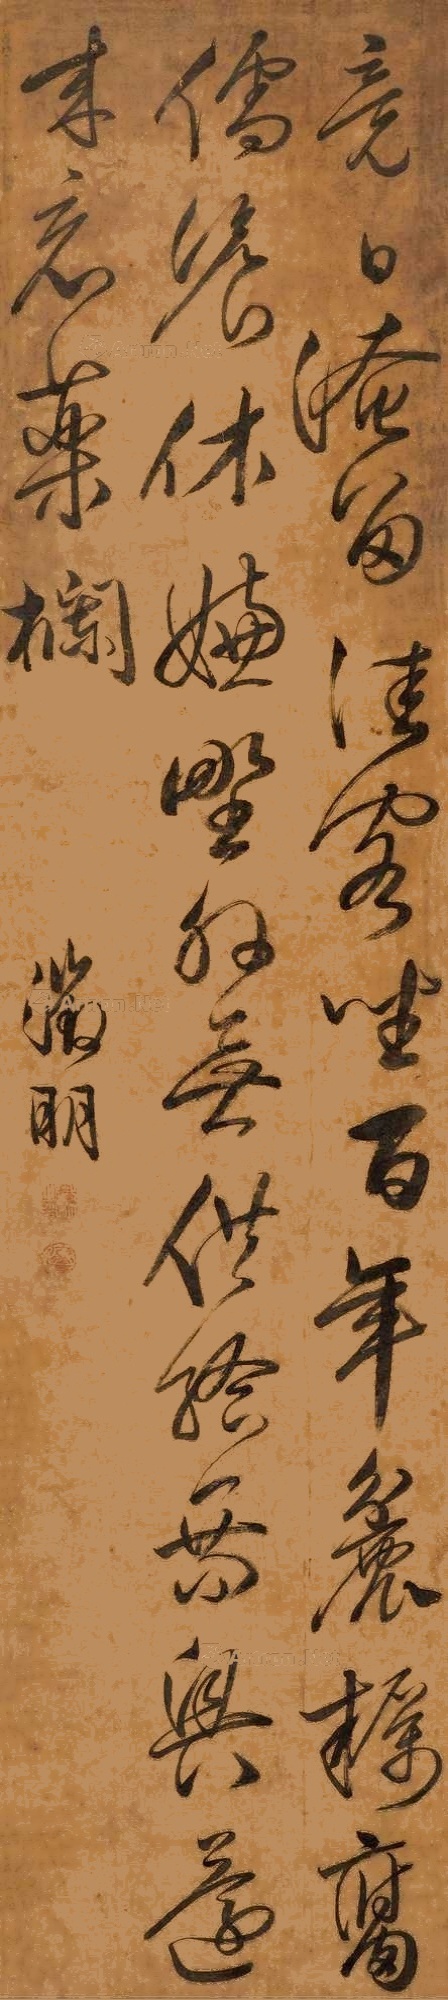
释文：竟日淹留佳客坐，百年粗粝腐儒餐。不嫌野外无供给，乘兴还来看药栏。征明